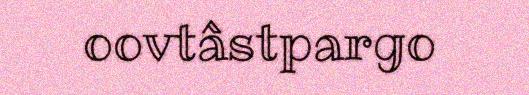
oovtâstpargo